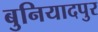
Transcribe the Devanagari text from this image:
बुनियादपुर